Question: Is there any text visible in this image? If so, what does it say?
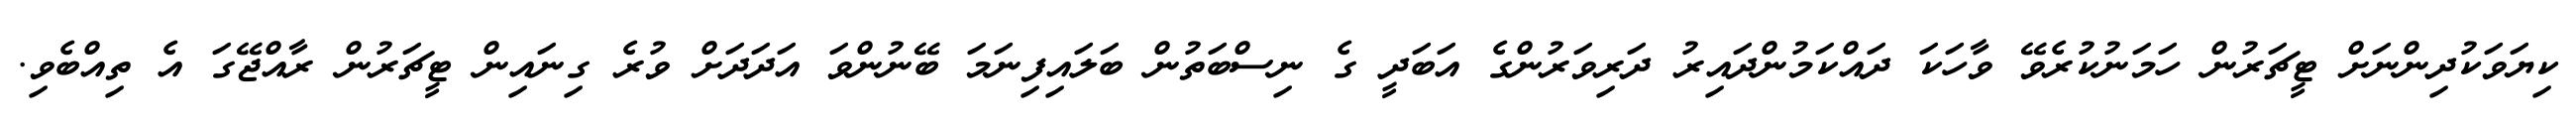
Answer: ކިޔަވަކުދިންނަށް ޓީޗަރުން ހަމަނުކުރެވޭ ވާހަކަ ދައްކަމުންދައިރު ދަރިވަރުންގެ އަބަދީ ގެ ނިސްބަތުން ބަލައިފިނަމަ ބޭނުންވަ އަދަދަށް ވުރެ ގިނައިން ޓީޗަރުން ރާއްޖޭގަ އެ ތިއްބެވި.